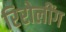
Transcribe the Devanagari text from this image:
रिरोलींग